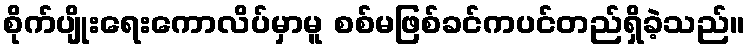
စိုက်ပျိုးရေးကောလိပ်မှာမူ စစ်မဖြစ်ခင်ကပင်တည်ရှိခဲ့သည်။